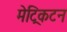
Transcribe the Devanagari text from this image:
मेट्रिकटन